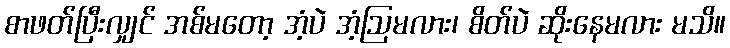
စာဖတ်ပြီးလျှင် အစ်မတော့ အံ့ပဲ အံ့ဩမလား၊ စိတ်ပဲ ဆိုးနေမလား မသိ။